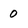
Character: 0